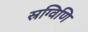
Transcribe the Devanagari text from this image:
स्रग्विणि